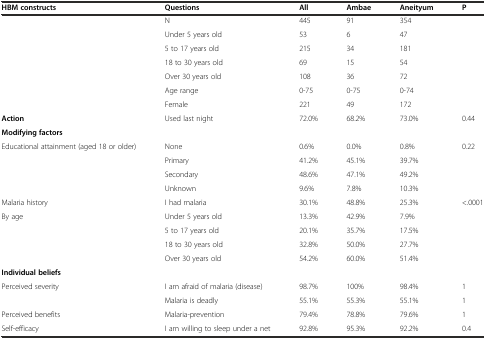
| HBM constructs | Questions | All | Ambae | Aneityum | P |
 | --- | --- | --- | --- | --- | --- |
 | <ROWSPAN=5>  | N | 445 | 91 | 354 |  |
 | Under 5 years old | 53 | 6 | 47 |  |
 | 5 to 17 years old | 215 | 34 | 181 |  |
 | 18 to 30 years old | 69 | 15 | 54 |  |
 | Over 30 years old | 108 | 36 | 72 |  |
 |  | Age range | 0-75 | 0-75 | 0-74 |  |
 |  | Female | 221 | 49 | 172 |  |
 | Action | Used last night | 72.0% | 68.2% | 73.0% | 0.44 |
 | Modifying factors |  |  |  |  |  |
 | <ROWSPAN=4> Educational attainment (aged 18 or older) | None | 0.6% | 0.0% | 0.8% | <ROWSPAN=4> 0.22 |
 | Primary | 41.2% | 45.1% | 39.7% |
 | Secondary | 48.6% | 47.1% | 49.2% |
 | Unknown | 9.6% | 7.8% | 10.3% |
 | Malaria history | I had malaria | 30.1% | 48.8% | 25.3% | <.0001 |
 | <ROWSPAN=4> By age | Under 5 years old | 13.3% | 42.9% | 7.9% |  |
 | 5 to 17 years old | 20.1% | 35.7% | 17.5% |  |
 | 18 to 30 years old | 32.8% | 50.0% | 27.7% |  |
 | Over 30 years old | 54.2% | 60.0% | 51.4% |  |
 | Individual beliefs |  |  |  |  |  |
 | <ROWSPAN=2> Perceived severity | I am afraid of malaria (disease) | 98.7% | 100% | 98.4% | 1 |
 | Malaria is deadly | 55.1% | 55.3% | 55.1% | 1 |
 | Perceived benefits | Malaria-prevention | 79.4% | 78.8% | 79.6% | 1 |
 | Self-efficacy | I am willing to sleep under a net | 92.8% | 95.3% | 92.2% | 0.4 |